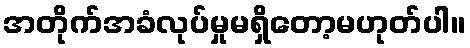
အတိုက်အခံလုပ်မှုမရှိတော့မဟုတ်ပါ။